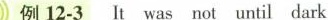
例12-3 It as not until dark